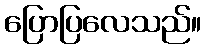
ပြောပြလေသည်။